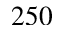
2 5 0